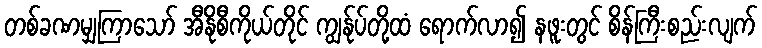
တစ်ခဏမျှကြာသော် အီနိုစီကိုယ်တိုင် ကျွန်ုပ်တို့ထံ ရောက်လာ၍ နဖူးတွင် စိန်ကြီးစည်းလျက်